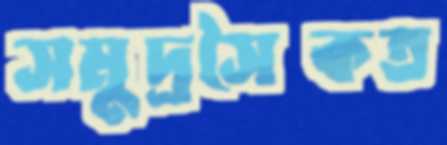
সমুদ্রসৈকত